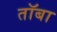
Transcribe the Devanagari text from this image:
तॉबा